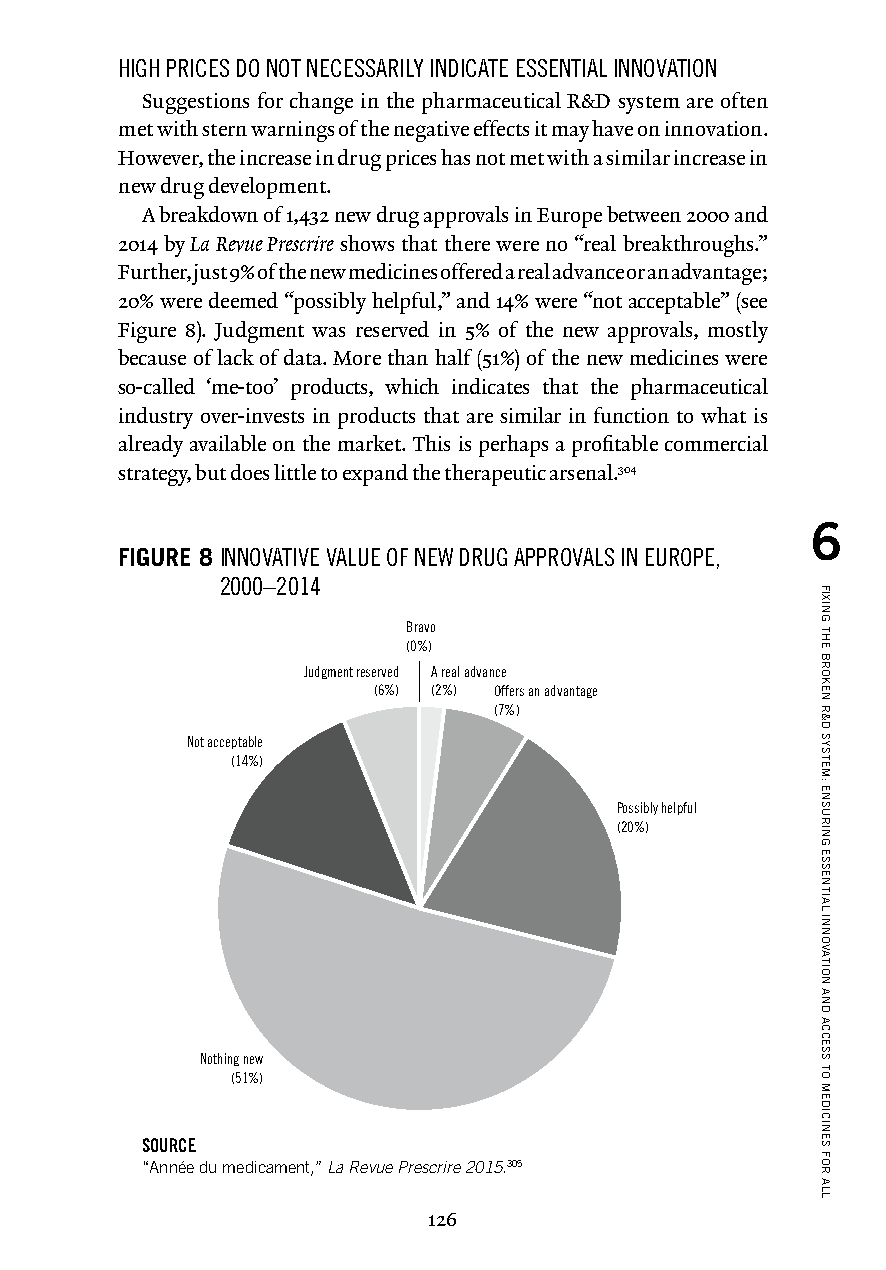
HIGH PRICES DO NOT NECESSARILY INDICATE ESSENTIAL INNOVATION
 Suggestions for change in the pharmaceutical R&D system are often
 met with stern warnings of the negative effects it may have on innovation.
 However, the increase in drug prices has not met with a similar increase in
 new drug development.
 A breakdown of 1,432 new drug approvals in Europe between 2000 and
 2014 by La Revue Prescrire shows that there were no “real breakthroughs.”
 Further, just 9% of the new medicines offered a real advance or an advantage;
 20% were deemed “possibly helpful,” and 14% were “not acceptable” (see
 Figure 8). Judgment was reserved in 5% of the new approvals, mostly
 because of lack of data. More than half (51%) of the new medicines were
 so-called ‘me-too’ products, which indicates that the pharmaceutical
 industry over-invests in products that are similar in function to what is
 already available on the market. This is perhaps a profitable commercial
 strategy, but does little to expand the therapeutic arsenal.304
 6
 FIGURE 8 INNOVATIVE VALUE OF NEW DRUG APPROVALS IN EUROPE,
 2000–2014
 Bravo
 (0%)
 Judgment reserved A real advance
 (6%) (2%) Offers an advantage
 (7%)
 Not acceptable
 (14%)
 Possibly helpful
 (20%)
 Nothing new
 (51%)
 SOURCE
 “Année du medicament,” La Revue Prescrire 2015.305
 126
 FIXING
 THE
 BROKEN
 R&D
 SYSTEM:
 ENSURING
 ESSENTIAL
 INNOVATION
 AND
 ACCESS
 TO
 MEDICINES
 FOR
 ALL